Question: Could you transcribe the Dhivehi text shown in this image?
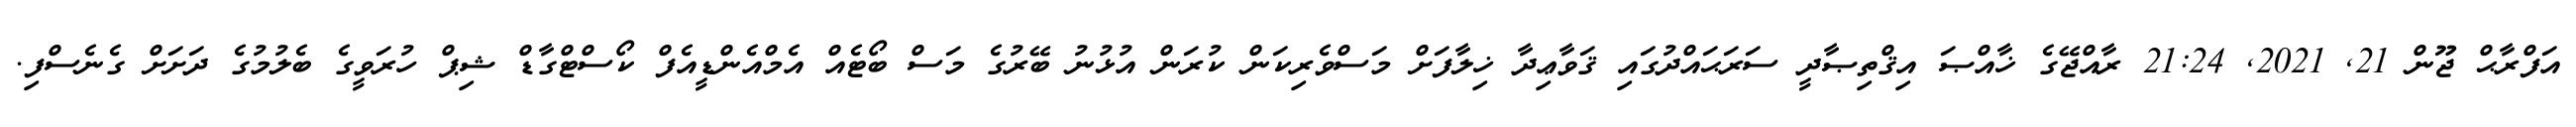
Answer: އަފްރާޙް ޖޫން 21, 2021, 21:24 ރާއްޖޭގެ ޚާއްޞަ އިޤްތިޞާދީ ސަރަޙައްދުގައި ޤަވާޢިދާ ޚިލާފަށް މަސްވެރިކަން ކުރަން އުޅުނު ބޭރުގެ މަސް ބޯޓެއް އެމްއެންޑީއެފް ކޯސްޓްގާޑް ޝިޕް ހުރަވީގެ ބެލުމުގެ ދަށަށް ގެނެސްފި.